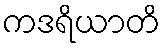
ကဒရိယာတိ